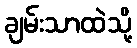
ချမ်းသာထဲသို့